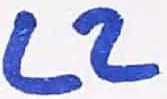
Text: L2